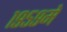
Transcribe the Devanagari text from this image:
१९५९मे